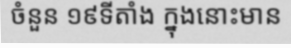
ចំនួន ១៩ទីតាំង ក្នុងនោះមាន